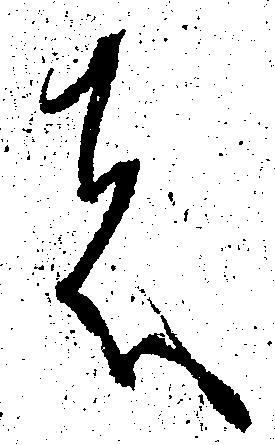
は